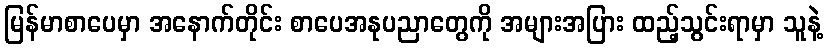
မြန်မာစာပေမှာ အနောက်တိုင်း စာပေအနုပညာတွေကို အများအပြား ထည့်သွင်းရာမှာ သူနဲ့